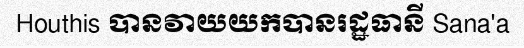
Houthis បានវាយយកបានរដ្ឋធានី Sana'a